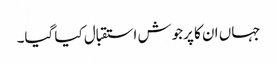
جہاں ان کا پرجوش استقبال کیا گیا۔